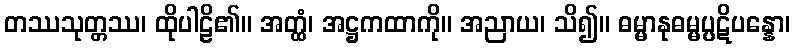
တဿသုတ္တဿ၊ ထိုပါဠိ၏။ အတ္ထံ၊ အဋ္ဌကထာကို။ အညာယ၊ သိ၍။ ဓမ္မာနုဓမ္မပ္ပဋိပန္နော၊